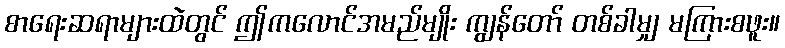
စာရေးဆရာများထဲတွင် ဤကလောင်အမည်မျိုး ကျွန်တော် တစ်ခါမျှ မကြားစဖူး။